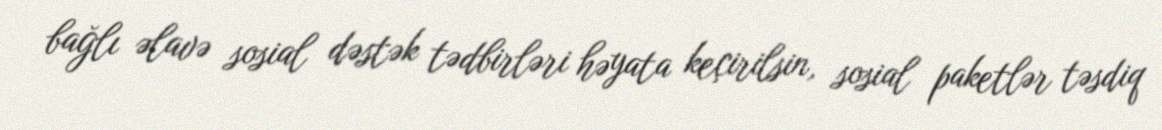
bağlı əlavə sosial dəstək tədbirləri həyata keçirilsin, sosial paketlər təsdiq